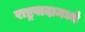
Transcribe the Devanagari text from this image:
राष्ट्रवादामध्ये